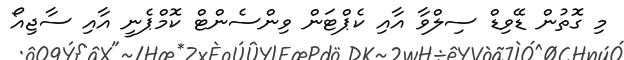
މި ގޮތުން ޑޭވިޑް ސިލްވާ އާއި ކެޕްޓަން ވިންސެންޓް ކޮމްޕެނީ އާއި ސާޖިއޯ